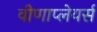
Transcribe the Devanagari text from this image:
वीणाप्लेयर्स